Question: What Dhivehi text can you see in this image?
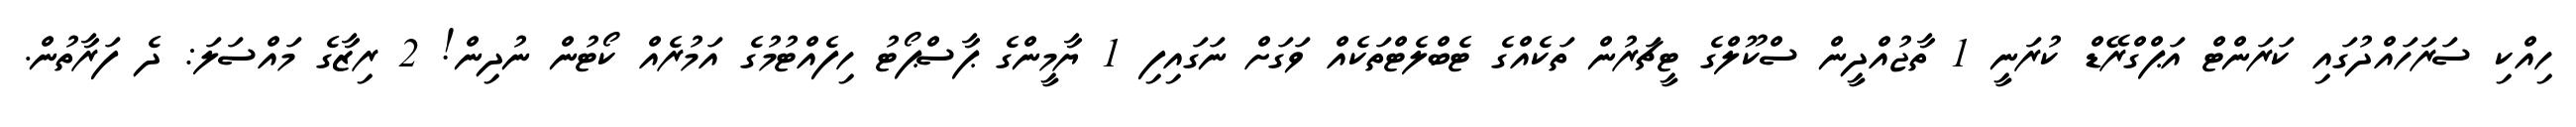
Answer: ހިއްކި ސަރަހައްދުގައި ކަރަންޓް އަޕްގްރޭޑް ކުރަނީ 1 ތާޖުއްދީން ސްކޫލްގެ ޓީޗަރުން ތަކެއްގެ ޓެބްލެޓްތަކެއް ވަގަށް ނަގައިފި 1 ޔާމީންގެ ޕާސްޕޯޓު ހިފެއްޓުމުގެ އަމުރެއް ކޯޓުން ނުދިން! 2 ރިޒާގެ މައްސަލަ: ދެ ފަރާތުން.